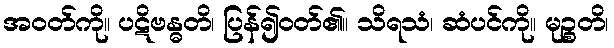
အဝတ်ကို။ ပဋိဗန္ဓတိ၊ ပြန်၍ဝတ်၏။ သိရသံ၊ ဆံပင်ကို။ မုဉ္စတိ၊